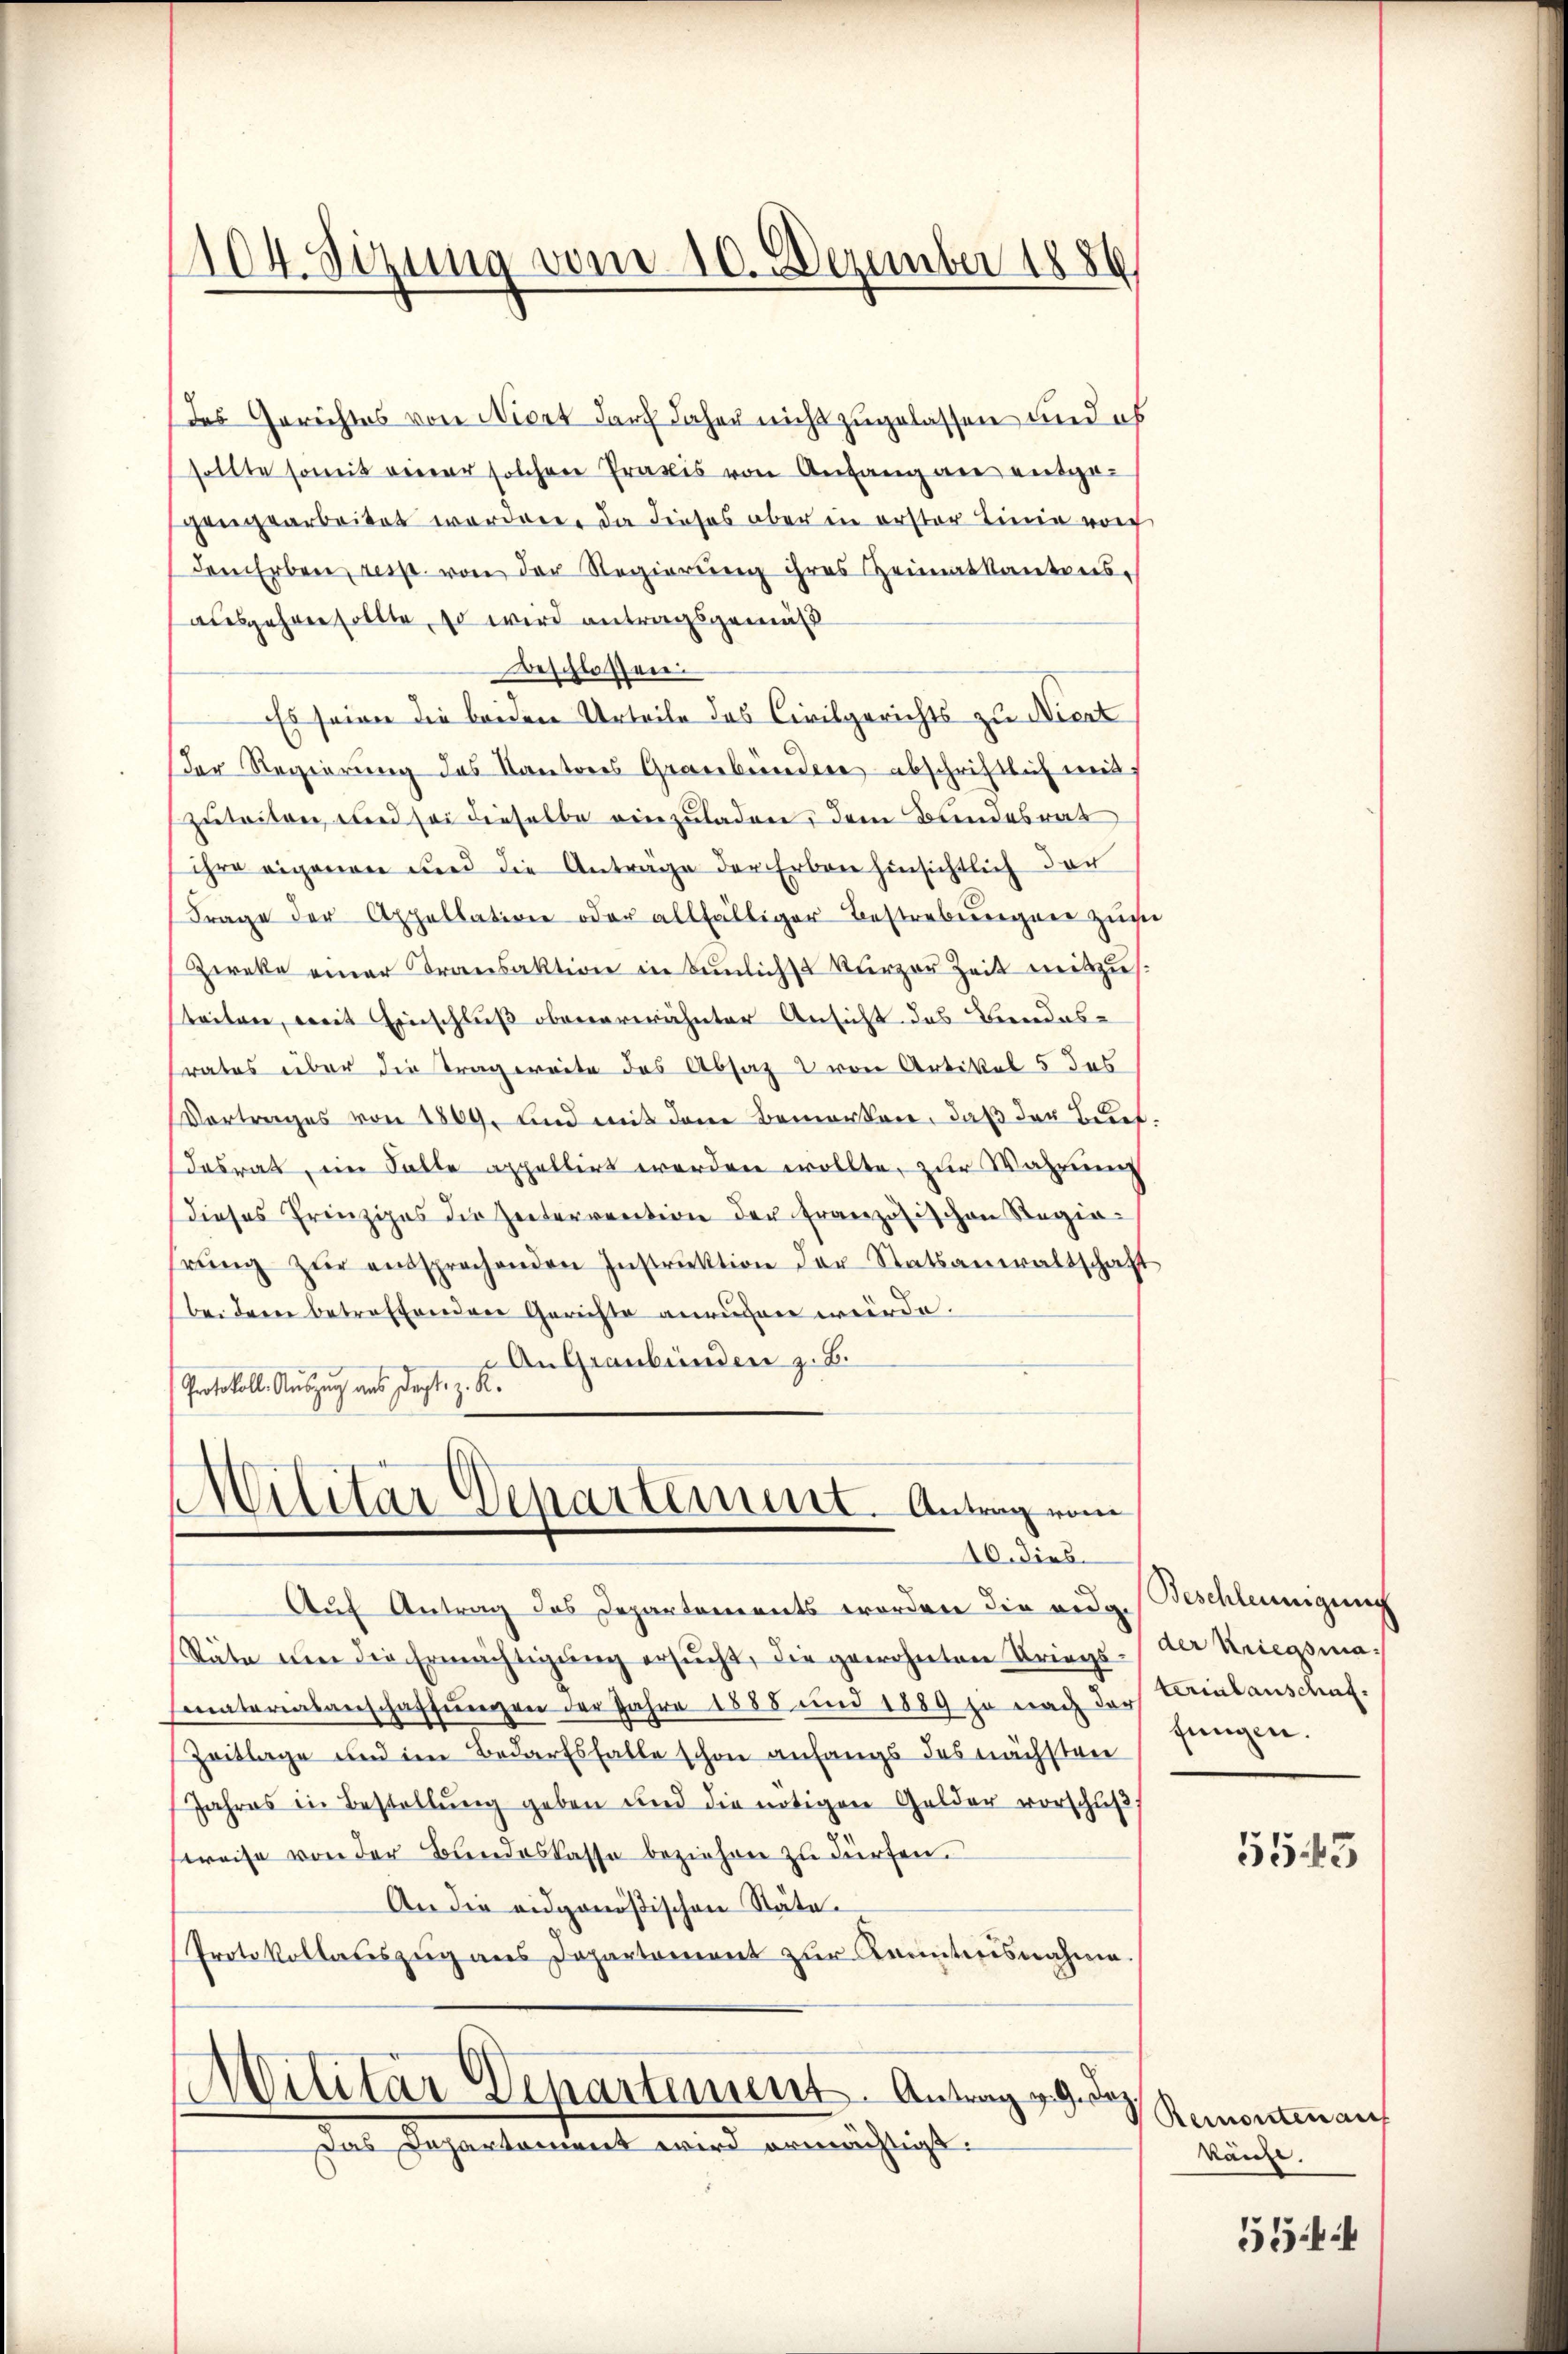
1104. Sizung vom 10. Dezember 1886

das Gerichtes von Niert darf daher nicht zugelassen und ob
sollte somit einer solchen Praxis von Anfang an entgegengearbeitet werden, da dieses aber in erster Linie von
dem Erben resp. von der Regierŭng ihres Heimatkantons-
ausgehen sollte, so wird antragsgemäss
beschlossen:
Es seiner die beiden Urteile des Civilgerichts zu Niert
der Regierung des Kantons Graubünden abschriftlich mit
zuleiten, und sei dieselbe einzuladen, dem Bundesrat
ihre eigenen und die Anträge der Erben hinsichtlich der
Frage der Appellation oder allfälliger Bestrebungen zum
Zereke einer Transaktion in Baulichst kurzer Zeit mitzus
teiten, mit Einschluß obenerwähnter Ansicht das Beendes-
rates über die Tragereite des Absatz & von Artikel 5 des
Vortrages von 1869, und mit dem Bemerken, daß der Buchdesrat, ein Falle appellirt werden wollte, zur Wahrung
dieses Prinzipes die Zeitervention der Französischen Regierŭng zŭr entsprechenden Instrŭktion der Statsanwaltschaft
bei dem betreffenden Gerichte anrufen würde.
An Graubünden z. B.
Protokoll. Auszug aus Dept. z. R.

Mititar Departement. Antrag vom
10. dies

Auf Antrag des Departements worden die eidg.
Stäte um die Ermächtigung ersucht, die gewohnten Kriegsmaterialanschaffungen der Jahre 1885 und 1889 ja nach der Reinbauskauf¬
Zeitlage und im Bedarfsfalle schon anfangs des nächstrie
Jahres in Bestellŭng geben und die nötigen Gelder vorschuß
weise von der Bundeskasse beziehen zu dürfen.
An die eidgenößischen Stäte.
Protokollateszug aus Departement zur Kenntnisnahme.
Militär Departement. Antrag 29. Dez
das Gesantendent erland ermächtigste

Beschleunigung
der Kriegsmafungen.

5543

Remonten auf
känze.

5